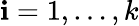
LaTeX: \mathbf{i}=1,\ldots,k